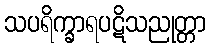
သပရိက္ခာရပဋိသညုတ္တာ